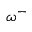
\omega ^ { - }